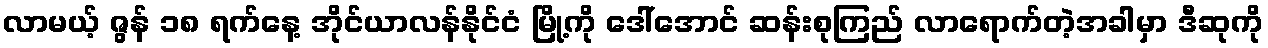
လာမယ့် ဇွန် ၁၈ ရက်နေ့ အိုင်ယာလန်နိုင်ငံ မြို့ကို ဒေါ်အောင် ဆန်းစုကြည် လာရောက်တဲ့အခါမှာ ဒီဆုကို